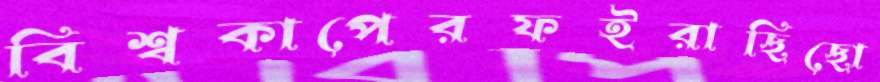
বিশ্বকাপেরফইরাছিছো